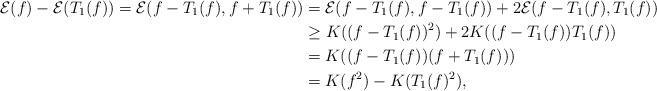
LaTeX: \begin{align*}\mathcal{E}(f)-\mathcal{E}(T_1(f))=\mathcal{E}(f-T_1(f),f+T_1(f))&=\mathcal{E}(f-T_1(f),f-T_1(f)) + 2\mathcal{E}(f-T_1(f), T_1(f))\\&\geq K((f-T_1(f))^2)+2K((f-T_1(f))T_1(f))\\&=K((f-T_1(f))(f+T_1(f)))\\&=K(f^2)-K(T_1(f)^2),\end{align*}